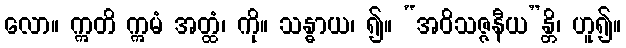
လော။ ဣတိ ဣမံ အတ္ထံ၊ ကို။ သန္ဓာယ၊ ၍။ “အဝိသဇ္ဇနီယ”န္တိ၊ ဟူ၍။